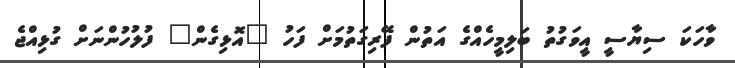
ވާހަކަ ސިޔާސީ އީވަގުތު ބަލިމީހެއްގެ އަތުން ފޭރިގަތުމަށް ފަހު "އޮޅިގެން" ފުލުހުންނަށް ގުޅިއްޖެ